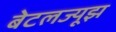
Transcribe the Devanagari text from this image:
बेटलज्यूझ